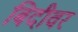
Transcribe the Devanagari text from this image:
बिदीवर